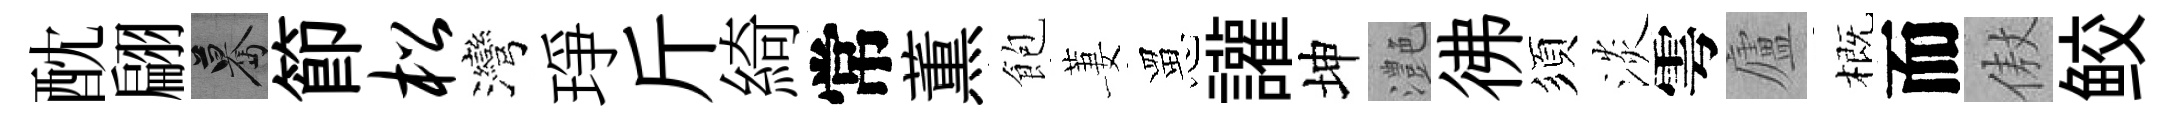
酖翩驀節松灣琤斤綺常薫飽萋罳讙坤灔彿須淡雩廬概而傲鲛